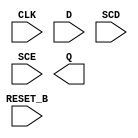
//Generated from netlist by SpyDrNet
//netlist name: FPGA88_SOFA_A
module sky130_fd_sc_hd__sdfrtp_1
(
    CLK,
    D,
    RESET_B,
    SCD,
    SCE,
    Q
);

    input CLK;
    input D;
    input RESET_B;
    input SCD;
    input SCE;
    output Q;

    wire CLK;
    wire D;
    wire Q;
    wire RESET_B;
    wire SCD;
    wire SCE;

endmodule